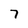
Character: 7